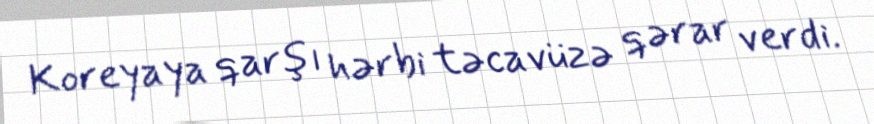
Koreyaya qarşı hərbi təcavüzə qərar verdi.